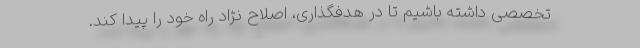
تخصصی داشته باشیم تا در هدفگذاری، اصلاح نژاد راه خود را پیدا کند.